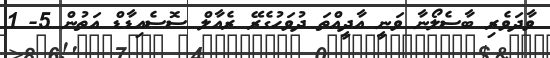
ވާދަވެރި ބާސެލޯނާ ވަނީ އާދީއްތަ ދުވަހުގެރޭ ރެއާލް ސޮސެއިޑާޑް އަތުން 5- 1